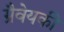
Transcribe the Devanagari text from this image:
ग्रैवेयकी